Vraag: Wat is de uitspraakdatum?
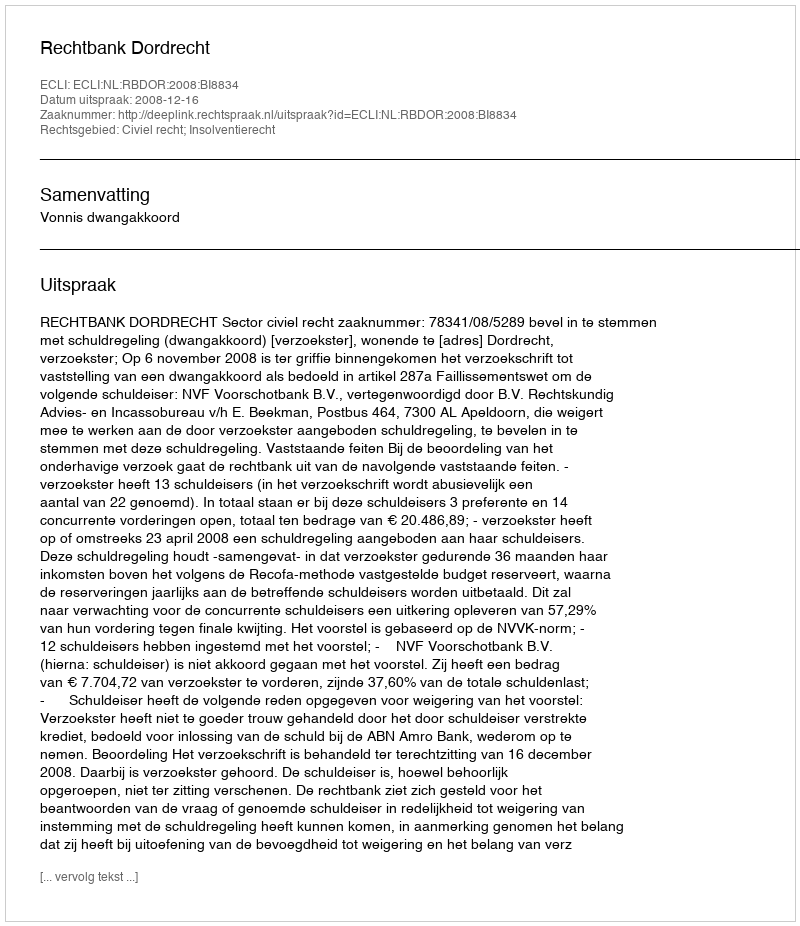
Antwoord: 2008-12-16